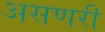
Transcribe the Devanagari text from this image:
असणरी